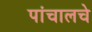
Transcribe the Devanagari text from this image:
पांचालचे